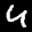
Label: 4